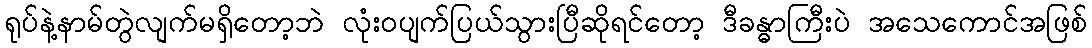
ရုပ်နဲ့နာမ်တွဲလျက်မရှိတော့ဘဲ လုံးဝပျက်ပြယ်သွားပြီဆိုရင်တော့ ဒီခန္ဓာကြီးပဲ အသေကောင်အဖြစ်